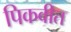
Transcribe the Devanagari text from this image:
पिकवीत